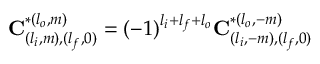
\mathbf { C } _ { ( l _ { i } , m ) , ( l _ { f } , 0 ) } ^ { * ( l _ { o } , m ) } = ( - 1 ) ^ { l _ { i } + l _ { f } + l _ { o } } \mathbf { C } _ { ( l _ { i } , - m ) , ( l _ { f } , 0 ) } ^ { * ( l _ { o } , - m ) }